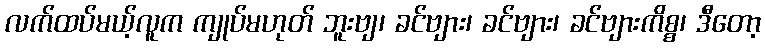
လက်ထပ်မယ့်လူက ကျုပ်မဟုတ် ဘူးဗျ၊ ခင်ဗျား၊ ခင်ဗျား၊ ခင်ဗျားကိစ္စ၊ ဒီတော့